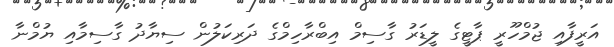
އަރީފާއި ޖުމްހޫރީ ޕާޓީގެ ލީޑަރު ގާސިމް އިބްރާހިމްގެ ދަރިކަލުން ސިޔާދު ގާސިމާއި ޔުމްނާ